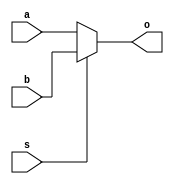
`timescale 1ns/100ps
module MUX_8(a, b, s, o);

  input [7:0] a;
  input [7:0] b;
  input s;
  
  output [7:0] o;
  
  assign o = (s)?b:a;

endmodule